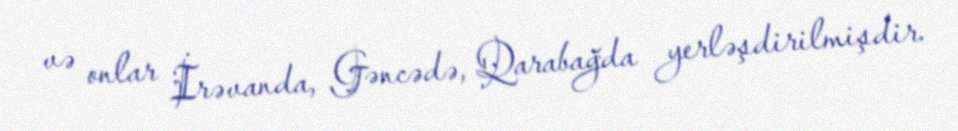
və onlar İrəvanda, Gəncədə, Qarabağda yerləşdirilmişdir.